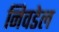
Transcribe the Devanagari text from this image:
निवडेल